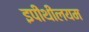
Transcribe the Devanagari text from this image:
इपीथीलयम